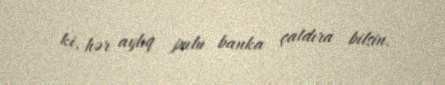
ki, hər aylıq pulu banka çatdıra bilsin.